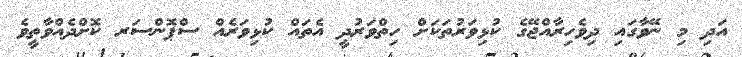
އަދި މި ނޭވާގައި ދިވެހިރާއްޖޭގެ ކުޅިވަރުތަކަށް ހިތްވަރުދީ އެތައް ކުޅިވަރެއް ސްޕޮންސަރ ކޮށްދެއްވާތީވެ